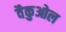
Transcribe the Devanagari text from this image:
वैकुओल